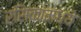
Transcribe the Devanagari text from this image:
रसिकांमध्ये